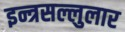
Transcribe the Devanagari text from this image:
इन्त्रसल्लुलार